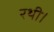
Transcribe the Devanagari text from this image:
रथी।